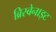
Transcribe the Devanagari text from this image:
ब्रिस्बेनाइट